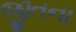
જીતના